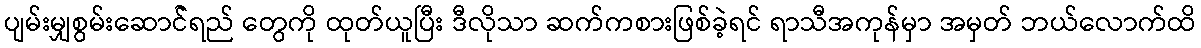
ပျမ်းမျှစွမ်းဆောင််ရည် တွေကို ထုတ်ယူပြီး ဒီလိုသာ ဆက်ကစားဖြစ်ခဲ့ရင် ရာသီအကုန်မှာ အမှတ် ဘယ်လောက်ထိ